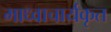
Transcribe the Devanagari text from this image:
माध्वाचार्यकृत